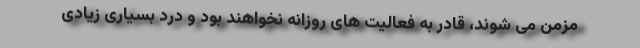
مزمن می شوند، قادر به فعالیت های روزانه نخواهند بود و درد بسیاری زیادی